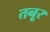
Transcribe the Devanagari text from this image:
तनूर